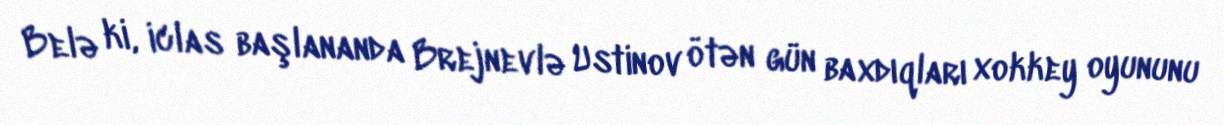
Belə ki, iclas başlananda Brejnevlə Ustinov ötən gün baxdıqları xokkey oyununu